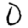
Digit: 0